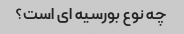
چه نوع بورسیه ای است؟